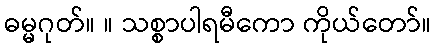
ဓမ္မဂုတ်။ ။ သစ္စာပါရမီကော ကိုယ်တော်။